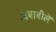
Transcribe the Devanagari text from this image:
अबाबीलें